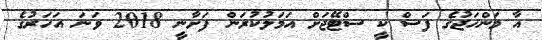
އާ މަންހަޖުގެ ފަސް ކީ ސްޓޭޖަށް އަމަލުކުރަން ފަށާނީ 2018 ވަަނަ އަހަރުގެ